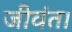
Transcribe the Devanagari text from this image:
जीवंत।